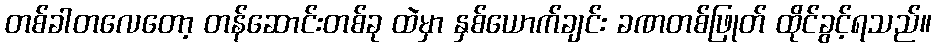
တစ်ခါတလေတော့ တန်ဆောင်းတစ်ခု ထဲမှာ နှစ်ယောက်ချင်း ခဏတစ်ဖြုတ် ထိုင်ခွင့်ရသည်။